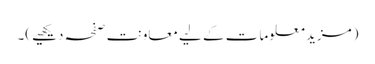
(مزید معلومات کے لیے معاونت صفحہ دیکھیے)۔